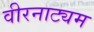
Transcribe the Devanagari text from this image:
वीरनाट्यम